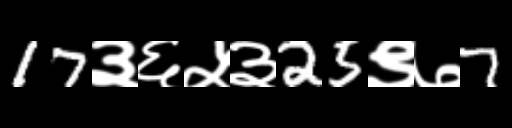
Text: 17३६५३25९७7